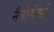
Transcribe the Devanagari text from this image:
नैनोमीटर्स